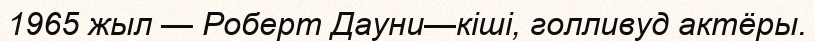
1965 жыл — Роберт Дауни—кіші, голливуд актёры.